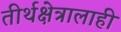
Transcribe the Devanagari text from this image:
तीर्थक्षेत्रालाही